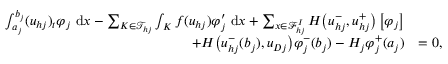
\begin{array} { r l } { \int _ { a _ { j } } ^ { b _ { j } } ( { u } _ { h j } ) _ { t } \varphi _ { j } \ \mathrm { d } x - \sum _ { K \in \mathcal { T } _ { h j } } \int _ { K } { f } ( { u } _ { h j } ) \varphi _ { j } ^ { \prime } \ \mathrm { d } x + \sum _ { x \in \mathcal { F } _ { h j } ^ { I } } H \big ( { u } _ { h j } ^ { - } , { u } _ { h j } ^ { + } \big ) \left[ \varphi _ { j } \right] } & { } \\ { \quad + H \big ( { u } _ { h j } ^ { - } ( b _ { j } ) , { u } _ { D j } \big ) \varphi _ { j } ^ { - } ( b _ { j } ) - H _ { j } \varphi _ { j } ^ { + } ( a _ { j } ) } & { = 0 , } \end{array}